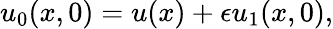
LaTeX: u_{0}(x,0)=u(x)+\epsilon u_{1}(x,0),